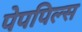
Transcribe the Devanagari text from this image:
पेपपिल्स